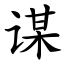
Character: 谋